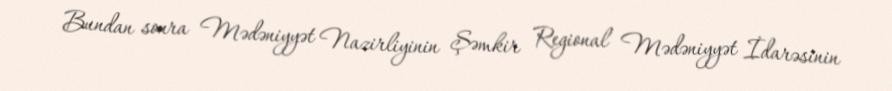
Bundan sonra Mədəniyyət Nazirliyinin Şəmkir Regional Mədəniyyət İdarəsinin